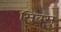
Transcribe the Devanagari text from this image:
सिबस